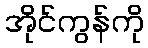
အိုင်ကွန်ကို